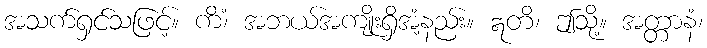
အသက်ရှင်သဖြင့်။ ကိံ၊ အဘယ်အကျိုးရှိအံ့နည်း။ ဣတိ၊ ဤသို့။ အတ္တာနံ၊